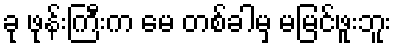
ခု ဖုန်းကြီးက မေ တစ်ခါမှ မမြင်ဖူးဘူး